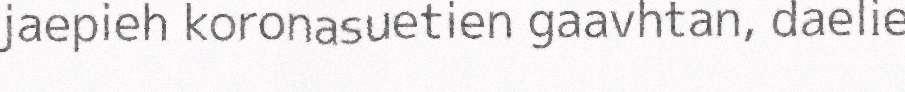
jaepieh koronasuetien gaavhtan, daelie